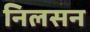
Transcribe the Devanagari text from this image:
निलसन